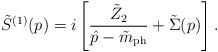
LaTeX: \begin{align*}\tilde{S}^{(1)}(p) = i\left[\frac{\tilde{Z}_2}{\hat{p}-\tilde{m}_{\rm ph}}+\tilde{\Sigma}(p) \right].\end{align*}